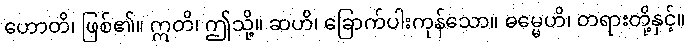
ဟောတိ၊ ဖြစ်၏။ ဣတိ၊ ဤသို့။ ဆဟိ၊ ခြောက်ပါးကုန်သော။ ဓမ္မေဟိ၊ တရားတို့နှင့်။